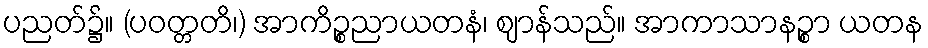
ပညတ်၌။ (ပဝတ္တတိ၊) အာကိဉ္စညာယတနံ၊ ဈာန်သည်။ အာကာသာနဉ္စာ ယတန